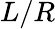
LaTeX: L/R